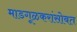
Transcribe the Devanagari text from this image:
माडगूळकरांसोबत